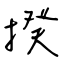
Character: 揆